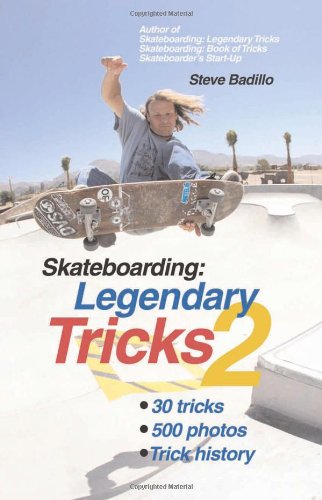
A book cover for Skateboarding: Legendary Tricks 2; Steve Badillo; Sports & Outdoors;